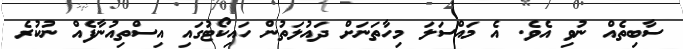
ސާބިތެއް ނުވި އެވެ. އެ މައްސަލަ މިހާތަނަށް ދައުލަތުން ހައިކޯޓުގައި އިސްތިއުނާފެއް ނުކުރެ